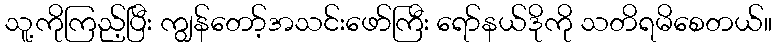
သူ့ကိုကြည့်ပြီး ကျွန်တော့်အသင်းဖော်ကြီး ရော်နယ်ဒိုကို သတိရမိစေတယ်။